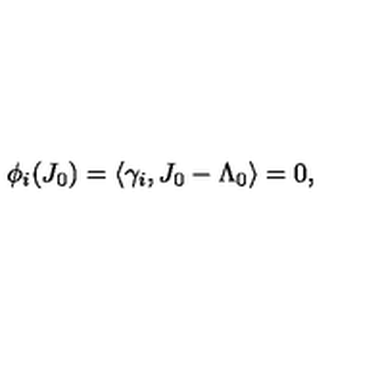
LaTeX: \phi _ { i } ( J _ { 0 } ) = \langle \gamma _ { i } , J _ { 0 } - \Lambda _ { 0 } \rangle = 0 ,